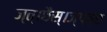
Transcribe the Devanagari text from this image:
ज्त्।छैस्।ज्प्व्छ